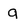
Character: g